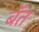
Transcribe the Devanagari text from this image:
बॅत